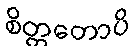
စိတ္တတောပိ